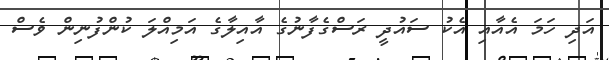
އަދި ހަމަ އެއާއި އެކު ސައުދީ ރަސްގެފާނުގެ އާއިލާގެ އަމިއްލަ ކުންފުނިން ވެސް